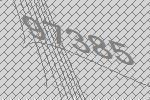
97385